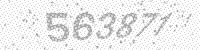
Solution: 563871